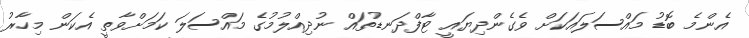
އެންމެ ބޮޑު މައްސަލައަކަށް ވެގެންދިޔައީ ޓާފްދަނޑުތައް ނުދިއްލުމުގެ މައްސަލަ ކަމަށްވާތީ އެކަން މިހާރު